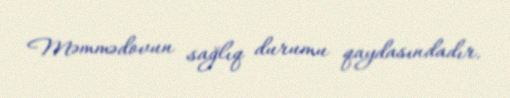
Məmmədovun sağlıq durumu qaydasındadır.